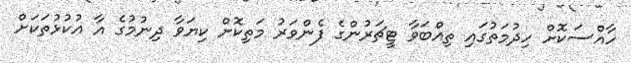
ހާއްސަކޮށް ހިދުމަތުގައި ތިއްބަވާ ޓީޗަރުންގެ ފެންވަރު މަތިކޮށް ކިޔަވާ ދިނުމުގެ އާ އުކުޅުތަކަށް